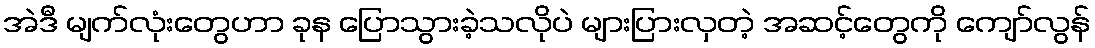
အဲဒီ မျက်လုံးတွေဟာ ခုန ပြောသွားခဲ့သလိုပဲ များပြားလှတဲ့ အဆင့်တွေကို ကျော်လွန်